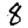
Digit: 8